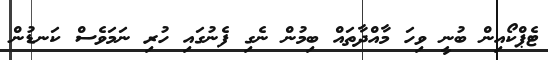
ޓެޕްކޯއިން ބުނީ ވިހަ މާއްދާތައް ބިމުން ނެގި ފެނުގައި ހުރި ނަމަވެސް ކަނޑުން